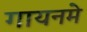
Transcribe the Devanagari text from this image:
गायनमे